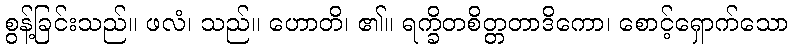
စွန့်ခြင်းသည်။ ဖလံ၊ သည်။ ဟောတိ၊ ၏။ ရက္ခိတစိတ္တတာဒိကော၊ စောင့်ရှောက်သော